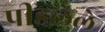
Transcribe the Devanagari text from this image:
पीडलेले